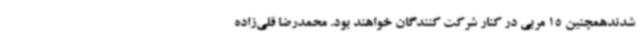
شدندهمچنین 15 مربی در کنار شرکت کنندگان خواهند بود. محمدرضا قلی‌زاده